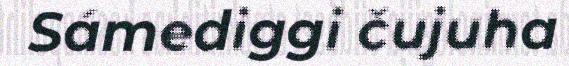
Sámediggi čujuha